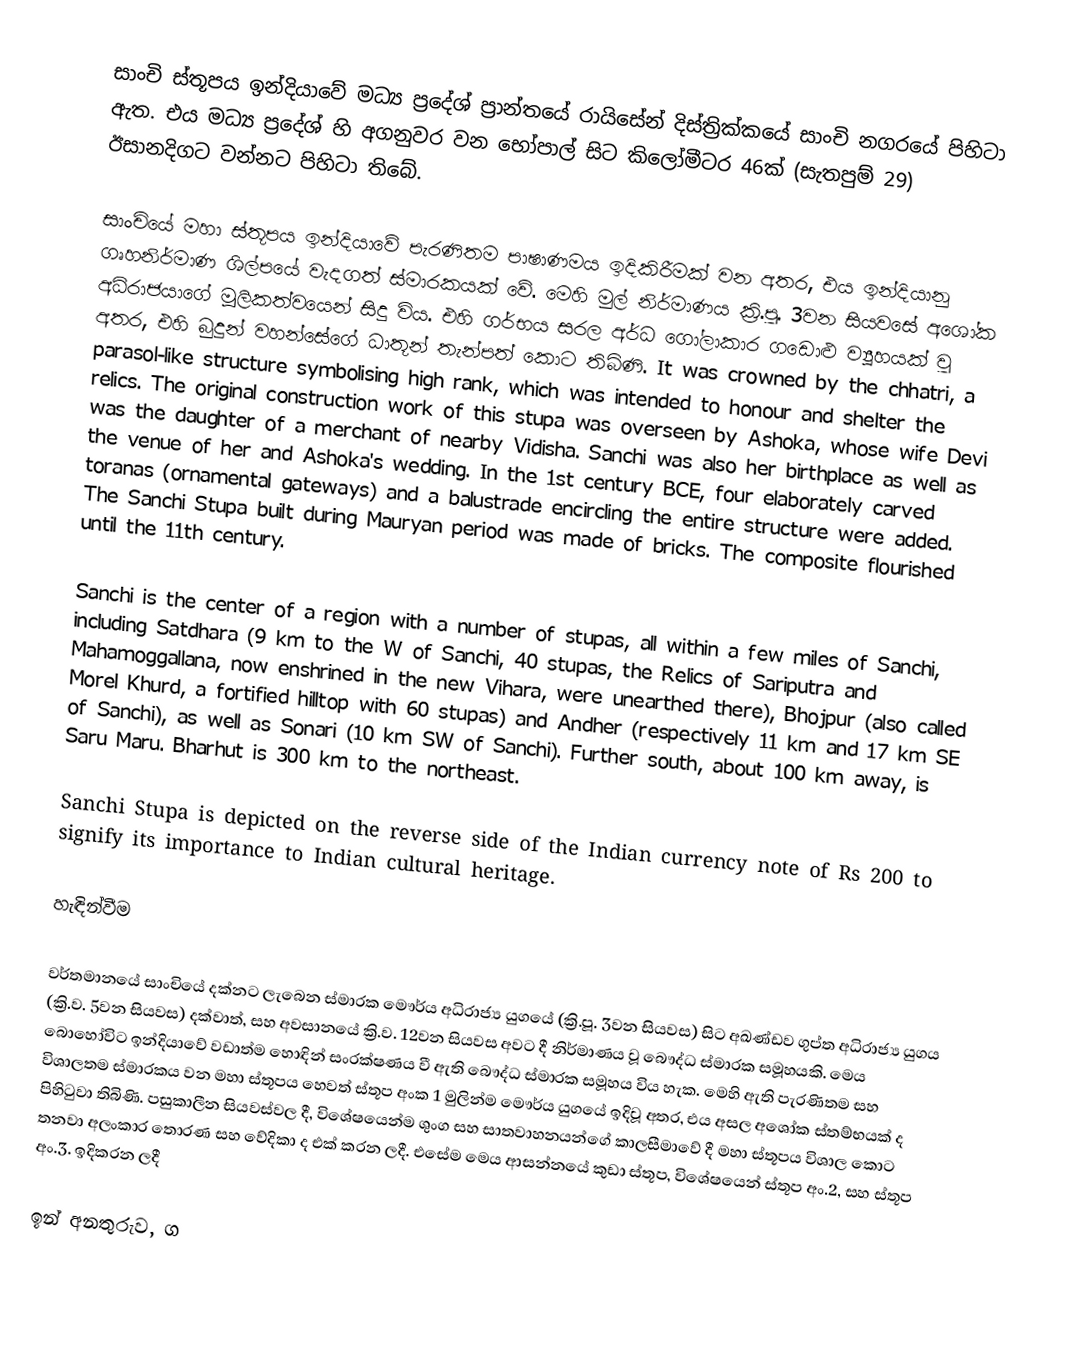
සාංචි ස්තූපය ඉන්දියාවේ මධ්‍ය ප්‍රදේශ් ප්‍රාන්තයේ රායිසේන් දිස්ත්‍රික්කයේ සාංචි නගරයේ පිහිටා ඇත. එය මධ්‍ය ප්‍රදේශ් හි අගනුවර වන භෝපාල් සිට කිලෝමීටර 46ක් (සැතපුම් 29) ඊසානදිගට වන්නට පිහිටා තිබේ.

සාංචියේ මහා ස්තූපය ඉන්දියාවේ පැරණිතම පාෂාණමය ඉදිකිරීමක් වන අතර, එය ඉන්දියානු ගෘහනිර්මාණ ශිල්පයේ වැදගත් ස්මාරකයක් වේ. මෙහි මුල් නිර්මාණය ක්‍රි.පූ. 3වන සියවසේ අශෝක අධිරාජයාගේ මූලිකත්වයෙන් සිදු විය. එහි ගර්භය සරල අර්ධ ගෝලාකාර ගඩොළු ව්‍යූහයක් වූ අතර, එහි බුදුන් වහන්සේගේ ධාතූන් තැන්පත් කොට තිබිණි. It was crowned by the chhatri, a parasol-like structure symbolising high rank, which was intended to honour and shelter the relics. The original construction work of this stupa was overseen by Ashoka, whose wife Devi was the daughter of a merchant of nearby Vidisha. Sanchi was also her birthplace as well as the venue of her and Ashoka's wedding. In the 1st century BCE, four elaborately carved toranas (ornamental gateways) and a balustrade encircling the entire structure were added. The Sanchi Stupa built during Mauryan period was made of bricks. The composite flourished until the 11th century.

Sanchi is the center of a region with a number of stupas, all within a few miles of Sanchi, including Satdhara (9 km to the W of Sanchi, 40 stupas, the Relics of Sariputra and Mahamoggallana, now enshrined in the new Vihara, were unearthed there), Bhojpur (also called Morel Khurd, a fortified hilltop with 60 stupas) and Andher (respectively 11 km and 17 km SE of Sanchi), as well as Sonari (10 km SW of Sanchi). Further south, about 100 km away, is Saru Maru. Bharhut is 300 km to the northeast.

Sanchi Stupa is depicted on the reverse side of the Indian currency note of Rs 200 to signify its importance to Indian cultural heritage.

හැඳින්වීම

වර්තමානයේ සාංචියේ දක්නට ලැබෙන ස්මාරක මෞර්ය අධිරාජ්‍ය යුගයේ (ක්‍රි.පූ. 3වන සියවස) සිට අඛණ්ඩව ගුප්ත අධිරාජ්‍ය යුගය (ක්‍රි.ව. 5වන සියවස) දක්වාත්, සහ අවසානයේ ක්‍රි.ව. 12වන සියවස අවට දී නිර්මාණය වූ බෞද්ධ ස්මාරක සමූහයකි. මෙය බොහෝවිට ඉන්දියාවේ වඩාත්ම හොඳින් සංරක්ෂණය වී ඇති බෞද්ධ ස්මාරක සමූහය විය හැක. මෙහි ඇති පැරණිතම සහ විශාලතම ස්මාරකය වන මහා ස්තූපය හෙවත් ස්‍තූප අංක 1 මුලින්ම මෞර්ය ‍යුගයේ ඉදිවූ අතර, එය අසල අශෝක ස්තම්භයක් ද පිහිටුවා තිබිණි. පසුකාලීන සියවස්වල දී, විශේෂයෙන්ම ශුංග සහ සාතවාහනයන්ගේ කාලසීමාවේ දී මහා ස්තූපය විශාල කොට තනවා අලංකාර තොරණ සහ වේදිකා ද එක් කරන ලදී. එසේම මෙය ආසන්නයේ කුඩා ස්තූප, විශේෂයෙන් ස්‍තූප අං.2, සහ ස්තූප අං.3. ඉදිකරන ලදී

ඉන් අනතුරුව, ග